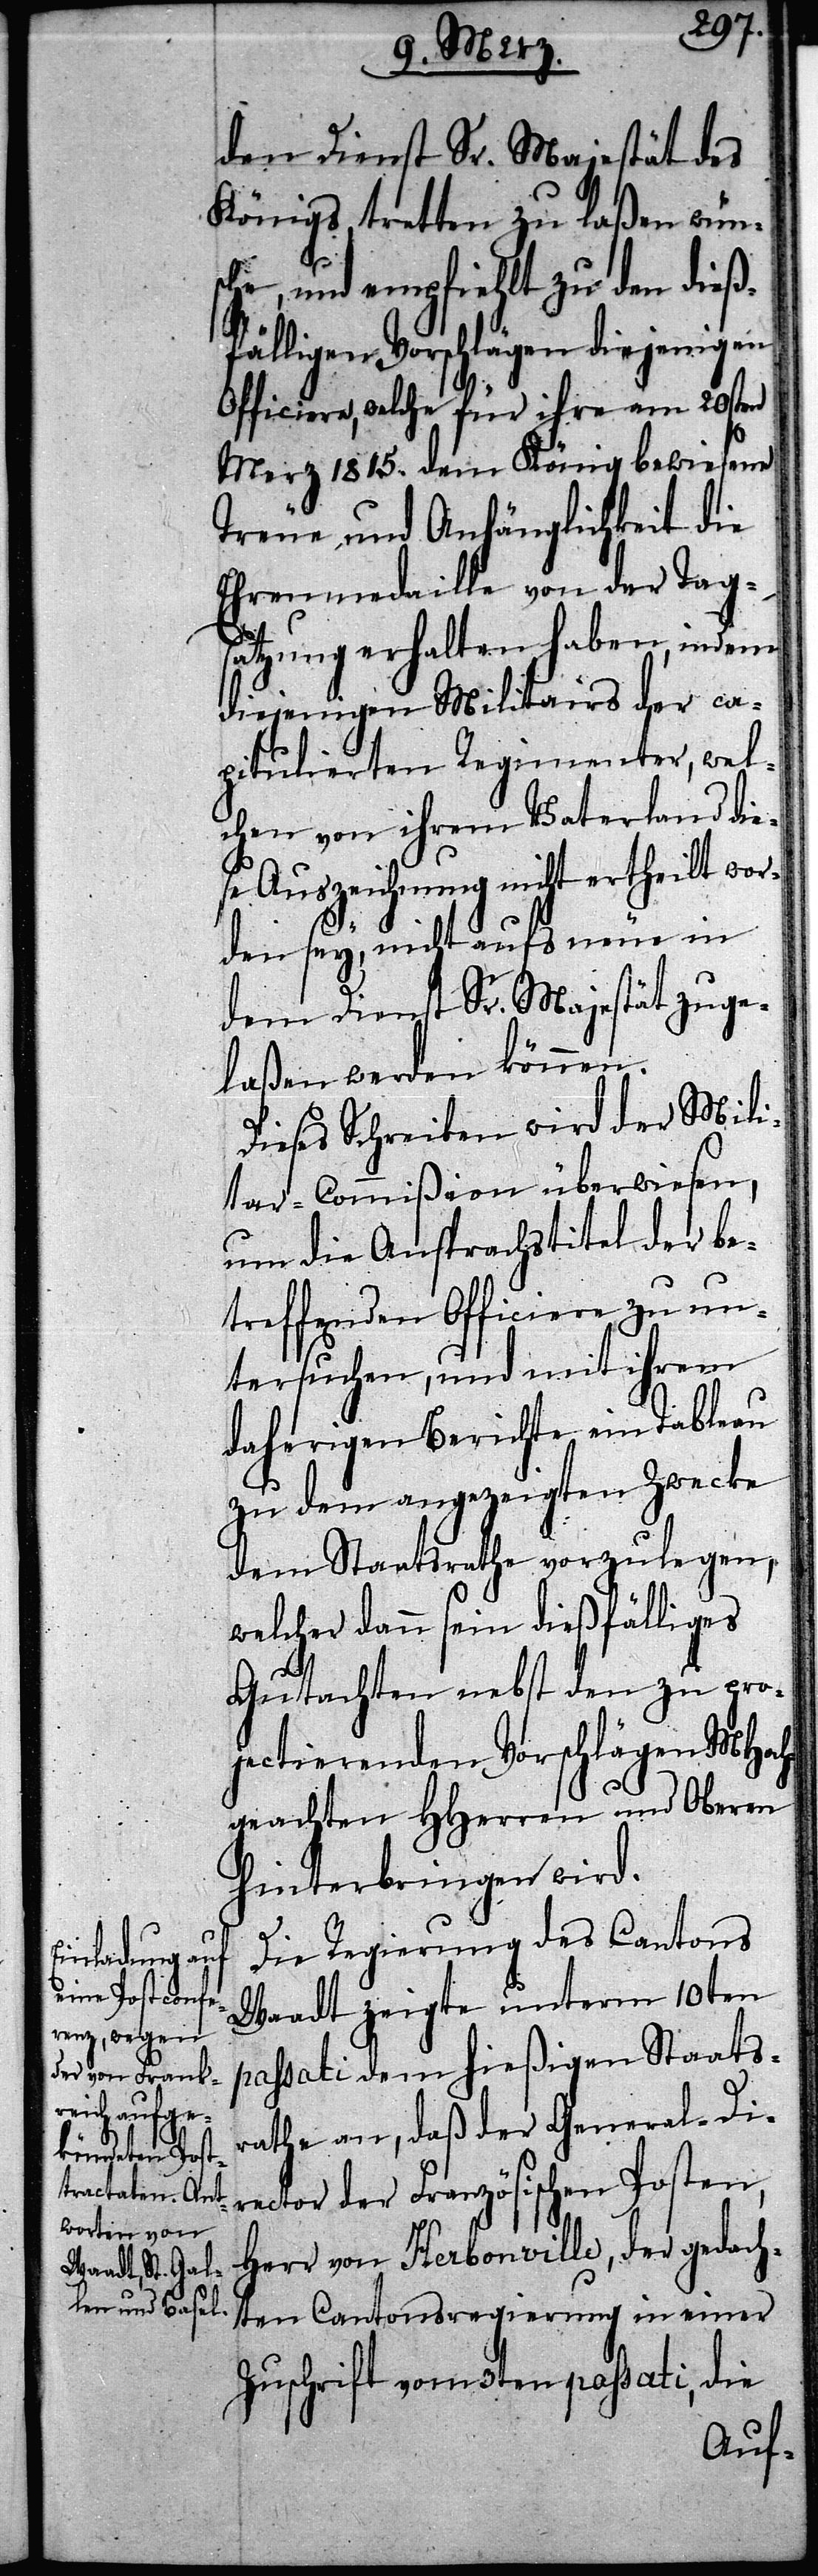
den Dienst Sr. Majestät des
Königs tretten zu laßen wün¬
sche, und empfiehlt zu den dieß¬
fälligen Vorschlägen diejenigen
Officiere, welche für ihre am 20sten
Merze 1815. dem König bewiesene
Treue und Anhänglichkeit die
Ehrenmedaille von der Tag¬
satzung erhalten haben, indem
diejenigen Militairs der ca¬
pitulierten Regimenter, wel¬
chen von ihrem Vaterland die¬
se Auszeichnung nicht ertheilt wor¬
den sey, nicht aufs neue in
dem Dienst Sr. Majestät zuge¬
laßen werden können.
Dieses Schreiben wird der Mili¬
tar-Commißion überwiesen,
um die Ansprachstitel der be¬
treffenden Officiere zu un¬
tersuchen, und mit ihrem
daherigen Berichte ein Tableau
zu dem angezeigten Zwecke
dem Staatsrathe vorzulegen,
welcher dann sein dießfälliges
Gutachten nebst den zu pro¬
jectierenden Vorschlägen MHoch¬
geachten HHerren und Oberen
hinterbringen wird.
Die Regierung des Cantons
Waadt zeigte unterm 10ten
passati dem hießigen Staats¬
rathe an, daß der General-Di¬
rector der Französischen Posten,
Herr von Herbonville, der gedach¬
ten Cantonsregierung in einer
Zuschrift vom 3ten passati, die